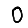
Digit: 0